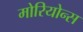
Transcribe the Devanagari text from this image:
मोरियोन्स